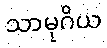
သာမုဂိယ